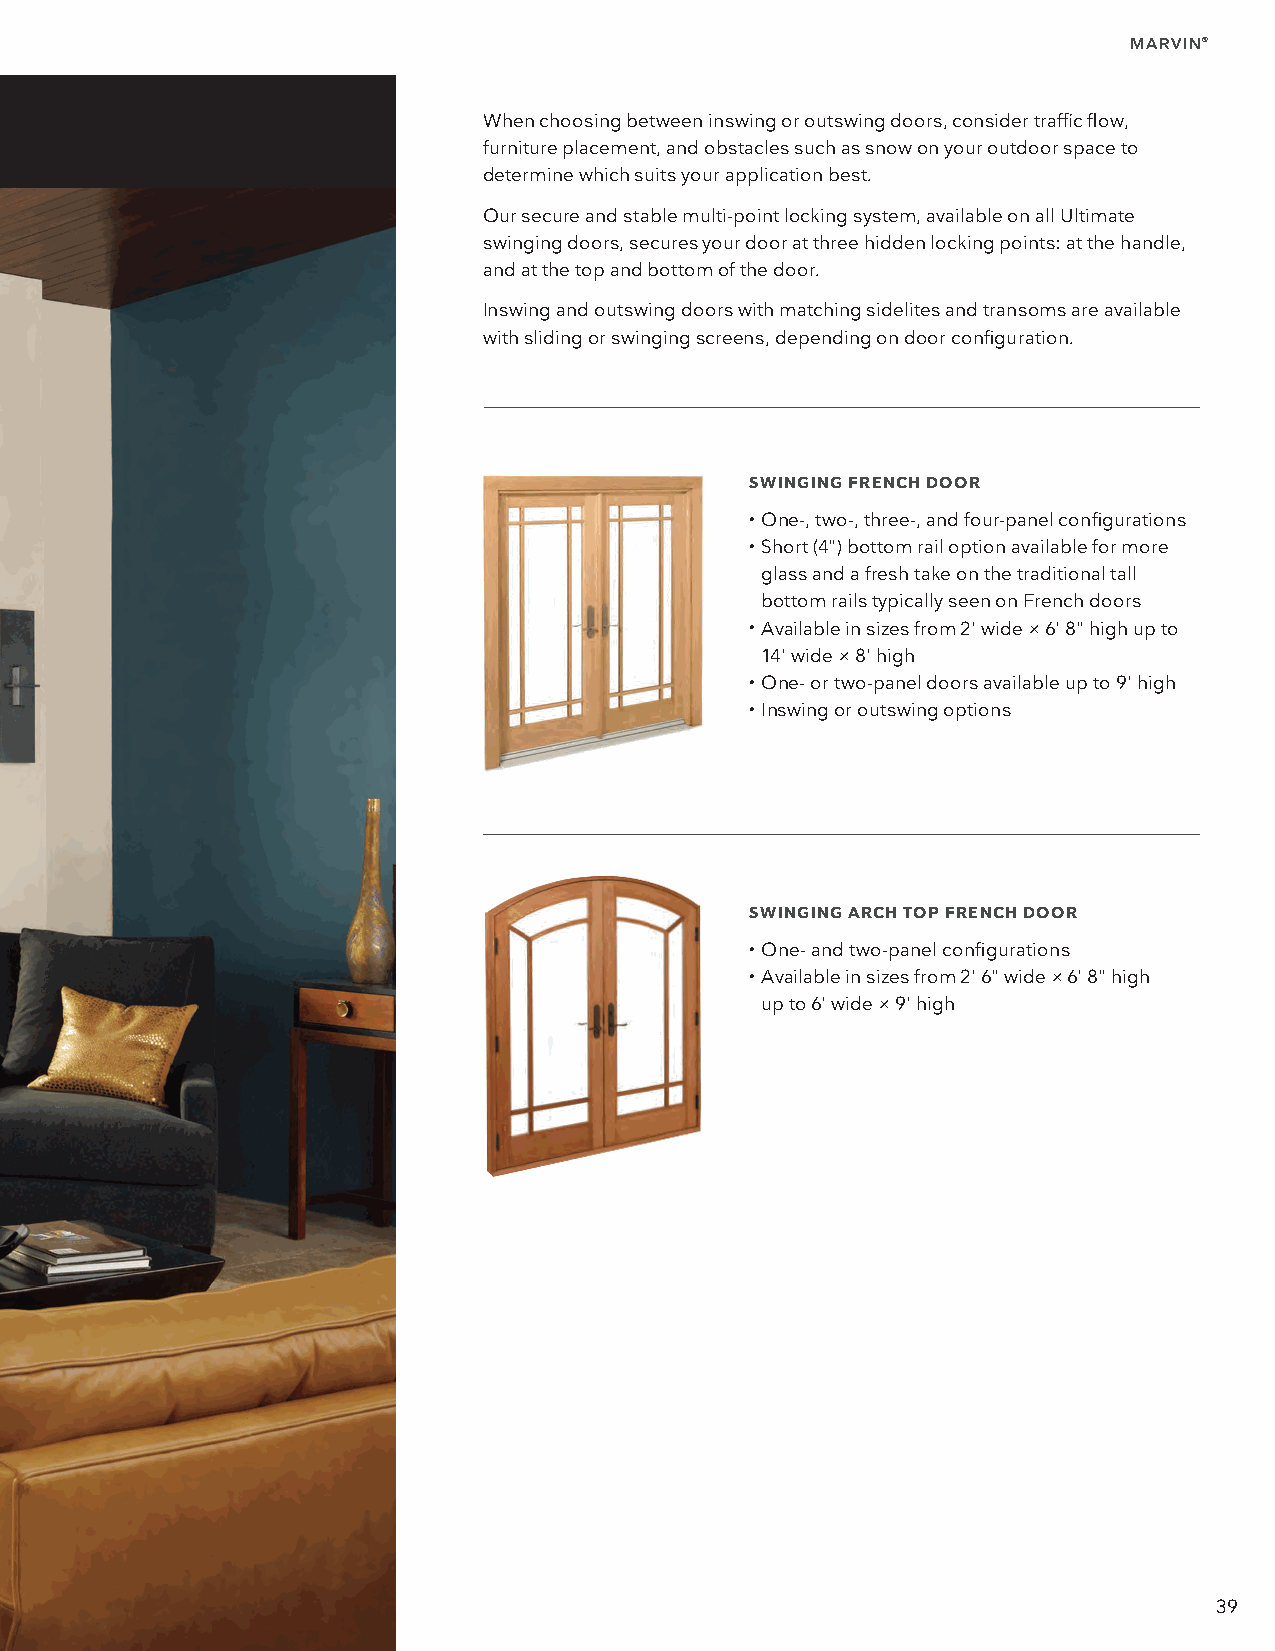
MARVIN®
 When choosing between inswing or outswing doors, consider traffic flow,
 furniture placement, and obstacles such as snow on your outdoor space to
 determine which suits your application best.
 Our secure and stable multi-point locking system, available on all Ultimate
 swinging doors, secures your door at three hidden locking points: at the handle,
 and at the top and bottom of the door.
 Inswing and outswing doors with matching sidelites and transoms are available
 with sliding or swinging screens, depending on door configuration.
 SWINGING FRENCH DOOR
 • O ne-, two-, three-, and four-panel configurations
 • S hort (4") bottom rail option available for more
 glass and a fresh take on the traditional tall
 bottom rails typically seen on French doors
 • A vailable in sizes from 2' wide × 6' 8" high up to
 14' wide × 8' high
 • O ne- or two-panel doors available up to 9' high
 • I nswing or outswing options
 SWINGING ARCH TOP FRENCH DOOR
 • O ne- and two-panel configurations
 • A vailable in sizes from 2' 6" wide × 6' 8" high
 up to 6' wide × 9' high
 39